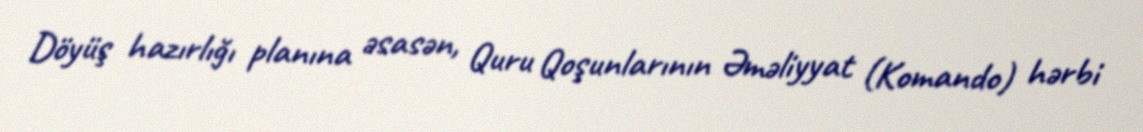
Döyüş hazırlığı planına əsasən, Quru Qoşunlarının Əməliyyat (Komando) hərbi